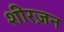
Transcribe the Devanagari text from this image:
शीरज़न